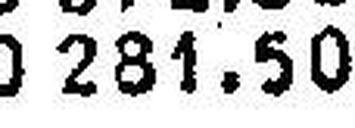
281.50